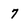
Character: 7